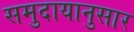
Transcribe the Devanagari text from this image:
समुदायानुसार